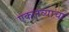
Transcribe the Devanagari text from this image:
एकलव्याचा